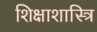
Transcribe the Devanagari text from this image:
शिक्षाशास्त्रि